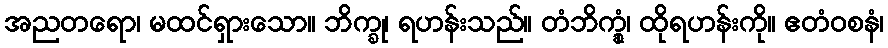
အညတရော၊ မထင်ရှားသော။ ဘိက္ခု၊ ရဟန်းသည်။ တံဘိက္ခုံ၊ ထိုရဟန်းကို။ ဧတံဝစနံ၊